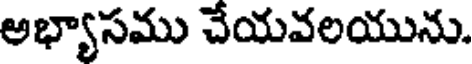
అభ్యాసము చేయవలయును.